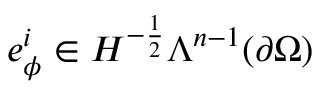
e _ { \phi } ^ { i } \in H ^ { - \frac { 1 } { 2 } } \Lambda ^ { n - 1 } ( \partial \Omega )